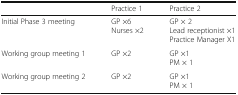
<table><thead><tr><td></td><td><b>Practice 1</b></td><td><b>Practice 2</b></td></tr></thead><tbody><tr><td>Initial Phase 3 meeting</td><td>GP ×6Nurses ×2</td><td>GP × 2Lead receptionist ×1Practice Manager X1</td></tr><tr><td>Working group meeting 1</td><td>GP ×2</td><td>GP ×1PM × 1</td></tr><tr><td>Working group meeting 2</td><td>GP ×2</td><td>GP ×1PM × 1</td></tr></tbody></table>